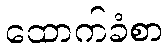
ထောက်ခံစာ